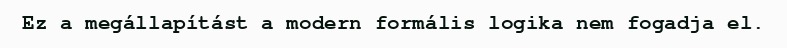
Ez a megállapítást a modern formális logika nem fogadja el.